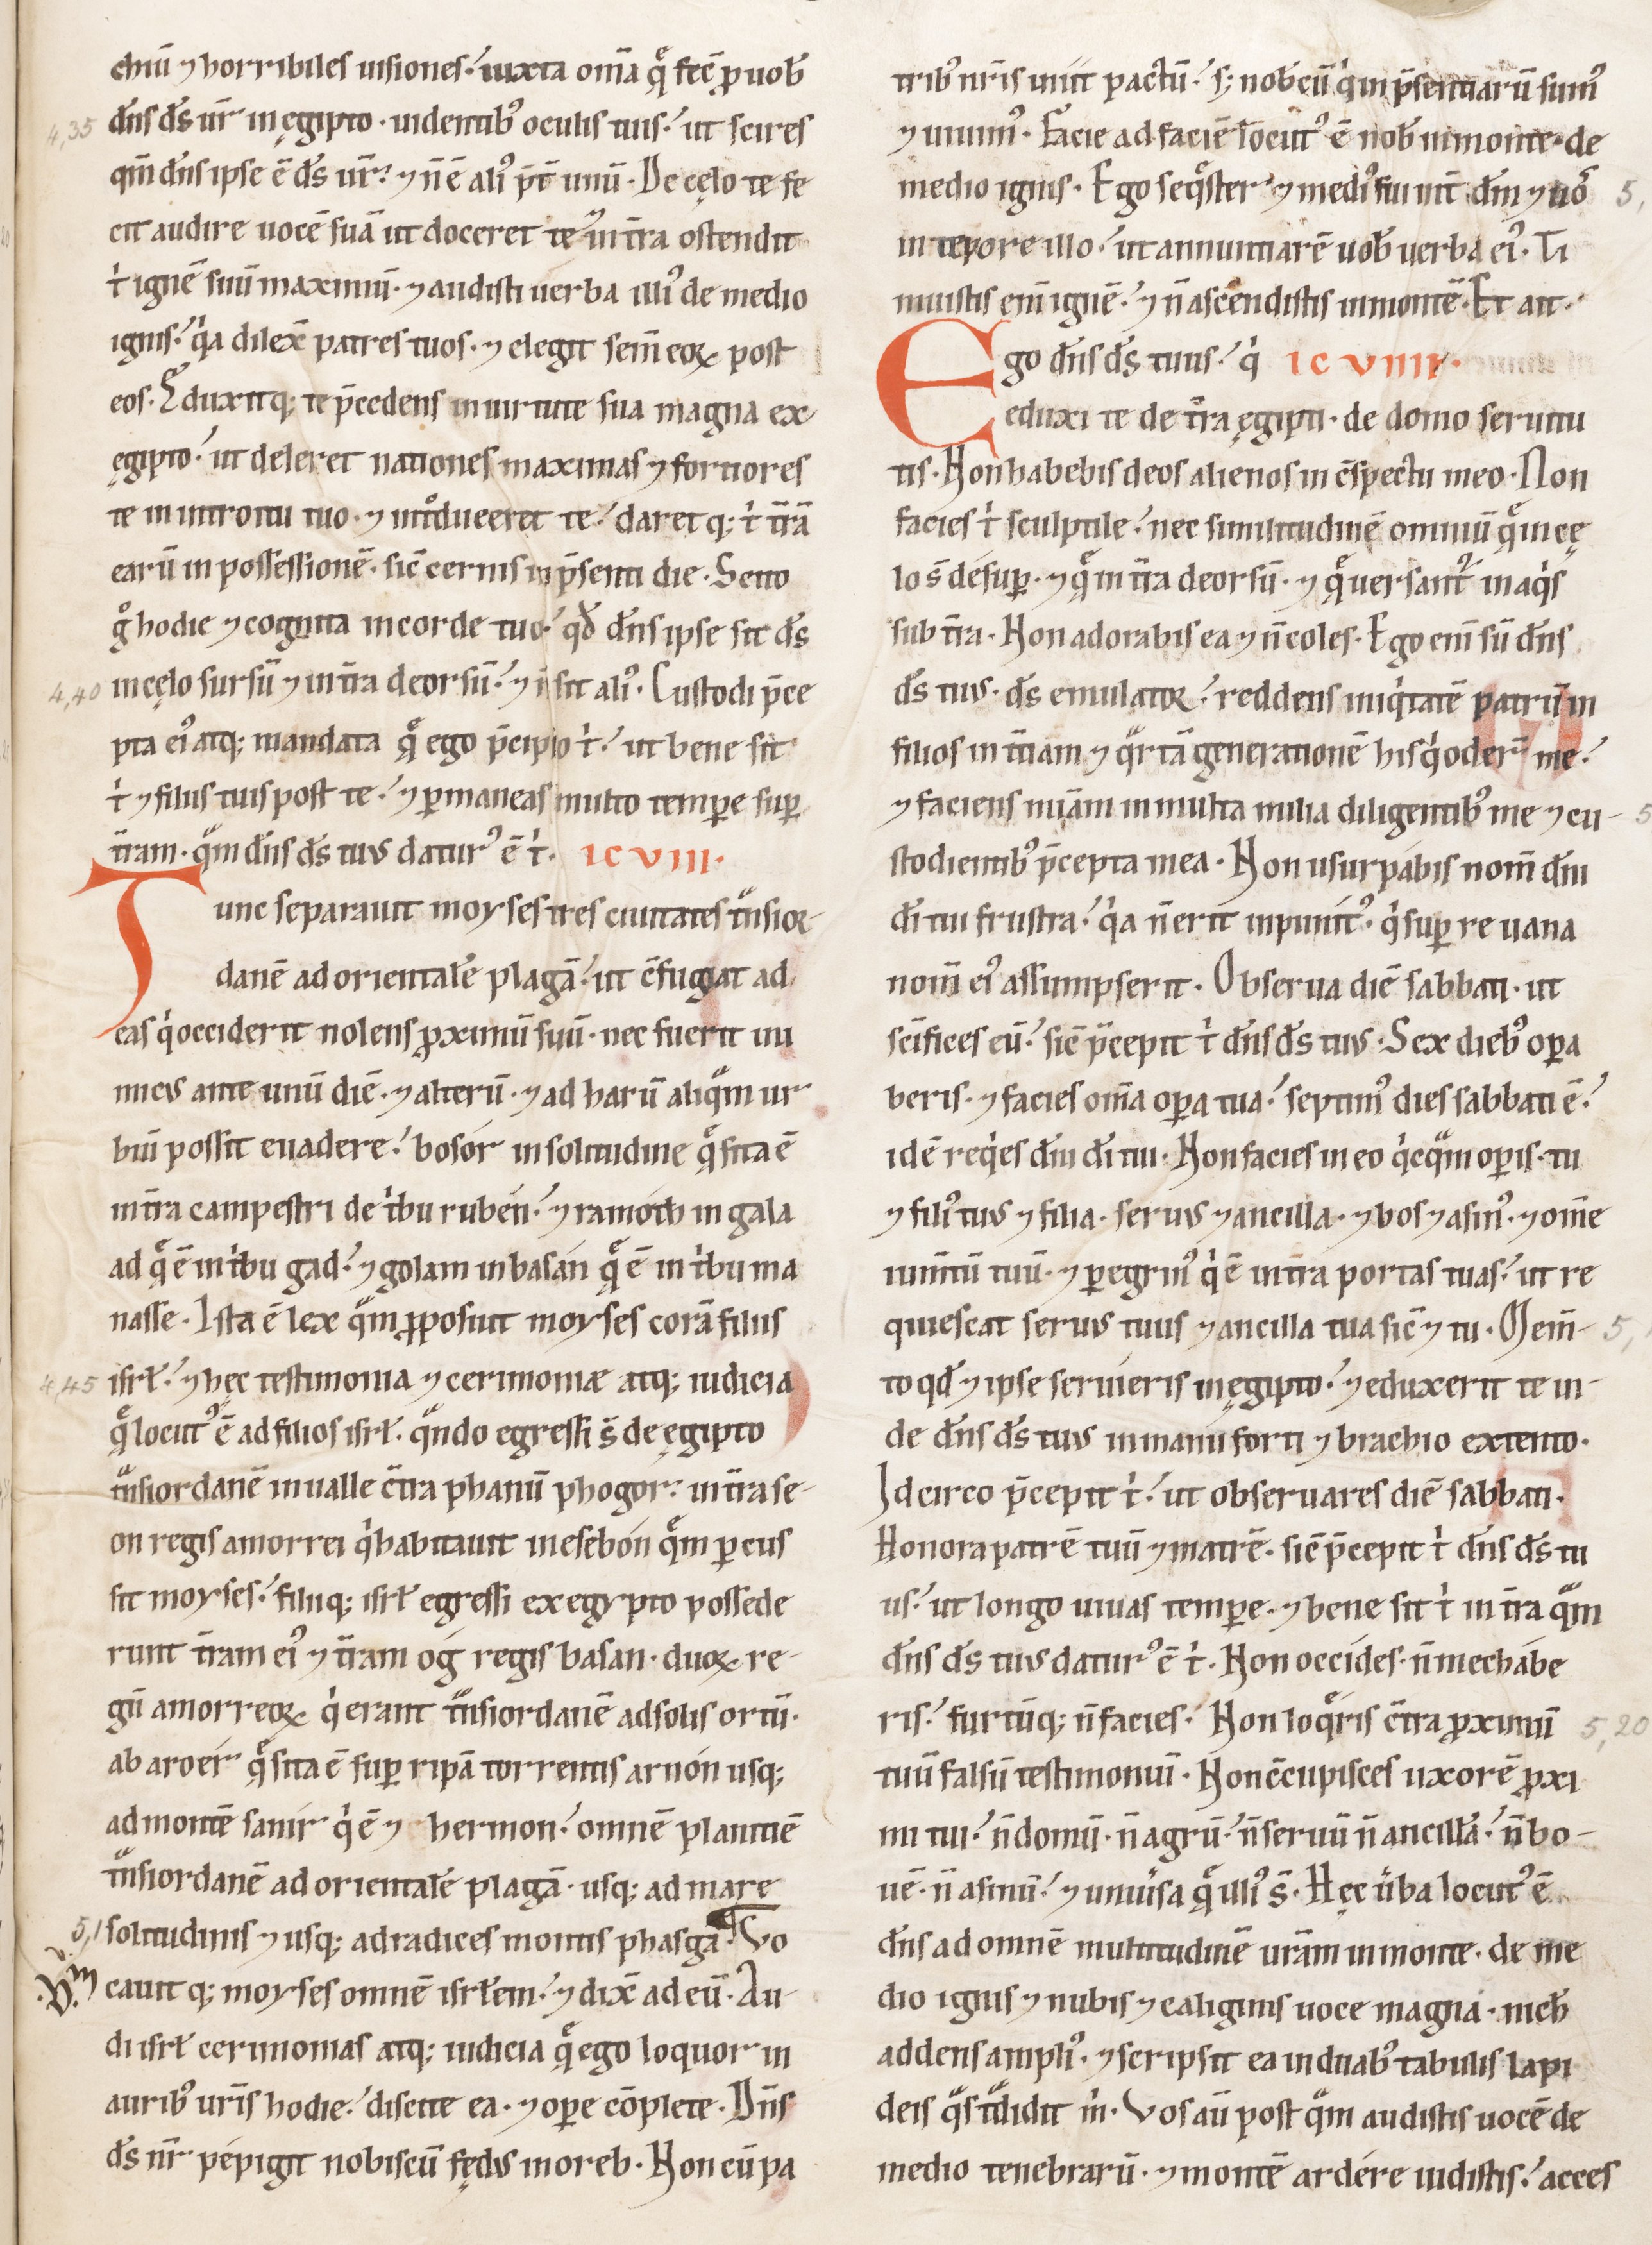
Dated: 1100–1199